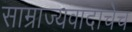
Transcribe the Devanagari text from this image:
साम्राज्यवादाचेच